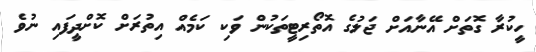
ހީކުރާ ގޮތަށް އޭނާއަށް ޖަލުގެ އޮތޯރިޓީތަކުން ވަކި ކަމެއް އިތުރަށް ކޮށްދީފައި ނުވެ